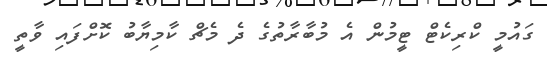
ގައުމީ ކްރިކެޓް ޓީމުން އެ މުބާރާތުގެ ދެ މެޗް ކާމިޔާބު ކޮށްފައި ވާތީ